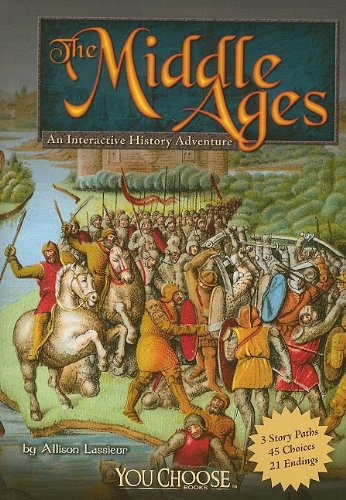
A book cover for The Middle Ages: An Interactive History Adventure (You Choose: Historical Eras); Allison Lassieur; Children's Books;